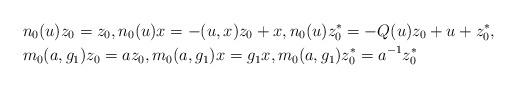
LaTeX: \begin{align*}&n_0(u)z_0=z_0,n_0(u)x=-(u,x)z_0+x,n_0(u)z_0^\ast=-Q(u)z_0+u+z_0^\ast, \\&m_0(a,g_1)z_0=az_0,m_0(a, g_1)x=g_1x,m_0(a,g_1)z_0^\ast=a^{-1}z_0^\ast\end{align*}